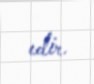
edir.